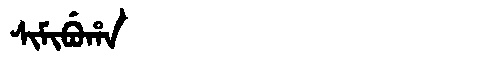
Manchu: ᠰᡳᠮᡳᠪᡠᡥᠠ
Romanization: SIMIBUHA